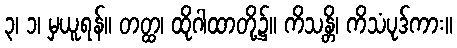
၃၊ ၁၊ မှယူရန်။ တတ္ထ၊ ထိုဂါထာတို့၌။ ကိသန္တိ၊ ကိသံပုဒ်ကား။